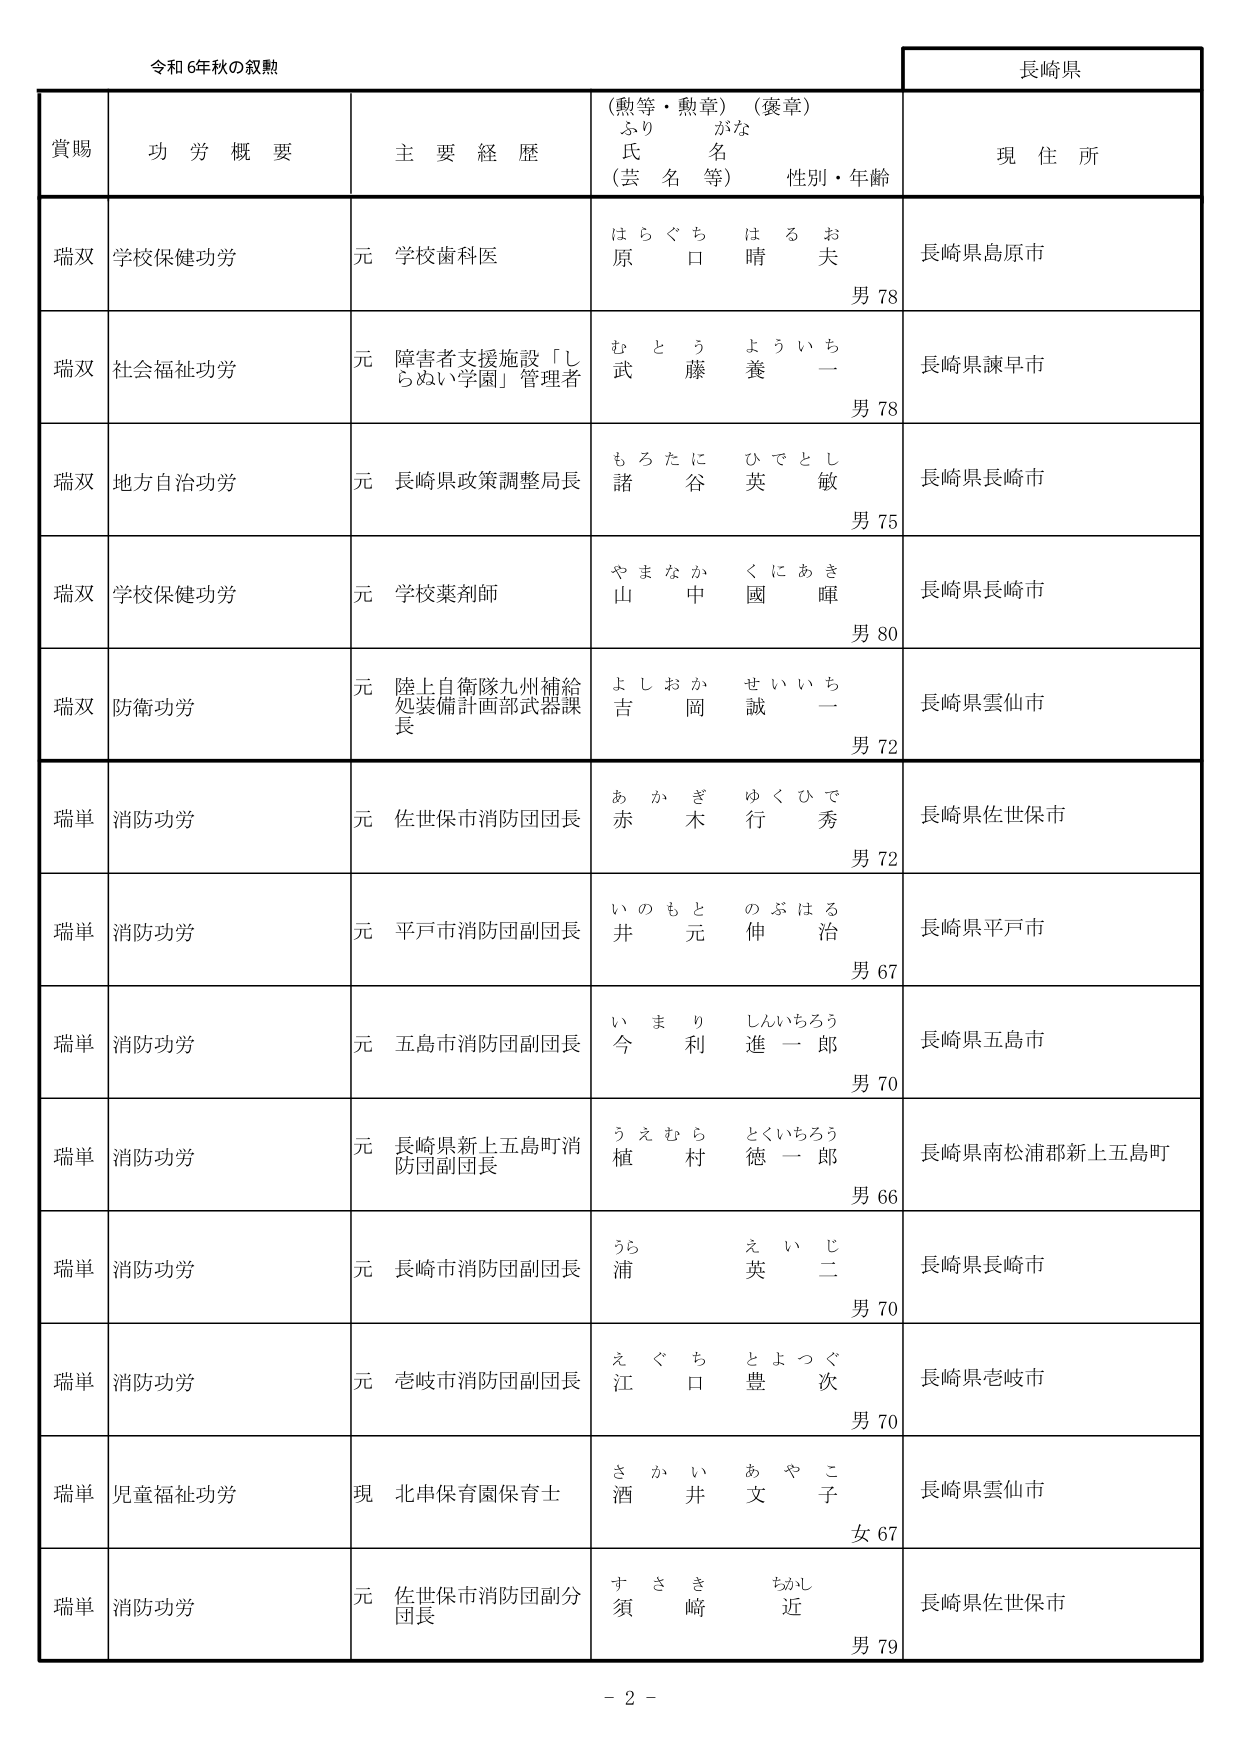
令和6年秋の叙勲

長崎県

賞賜　　功労概要　　主要経歴　　（勲等・勲章）（褒章）　　現住所
　　　　　　　　　　　　ふりがな